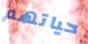
حياتهم